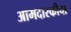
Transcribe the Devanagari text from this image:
आमदारकीचा